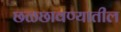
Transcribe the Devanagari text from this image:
छळछावण्यातील